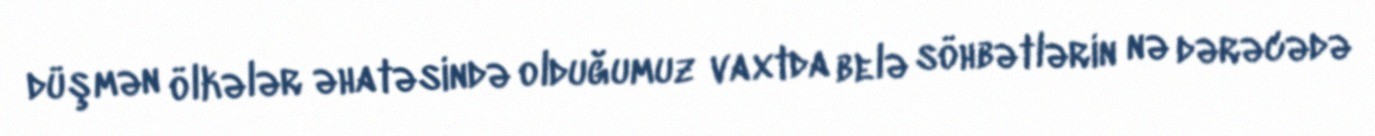
düşmən ölkələr əhatəsində olduğumuz vaxtda belə söhbətlərin nə dərəcədə